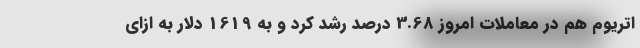
اتریوم هم در معاملات امروز 3.68 درصد رشد کرد و به 1619 دلار به ازای